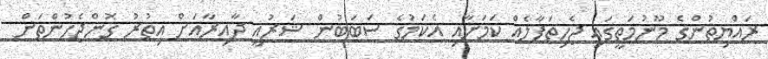
ރައްޔިތުންގެ މޫނުމަތީގައި ޖެހިތަފާލެއް ކަމަށާއި އެކަމުގެ ސަބަބުން ޝަރުއީ ދާއިރާއަށް އިތުރު ގޮންޖެހުންތަށް